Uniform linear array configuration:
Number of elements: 24
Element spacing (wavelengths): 0.25
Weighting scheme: exponential
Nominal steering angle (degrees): -30
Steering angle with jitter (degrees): -31.409
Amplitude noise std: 0.05
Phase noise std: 0.05

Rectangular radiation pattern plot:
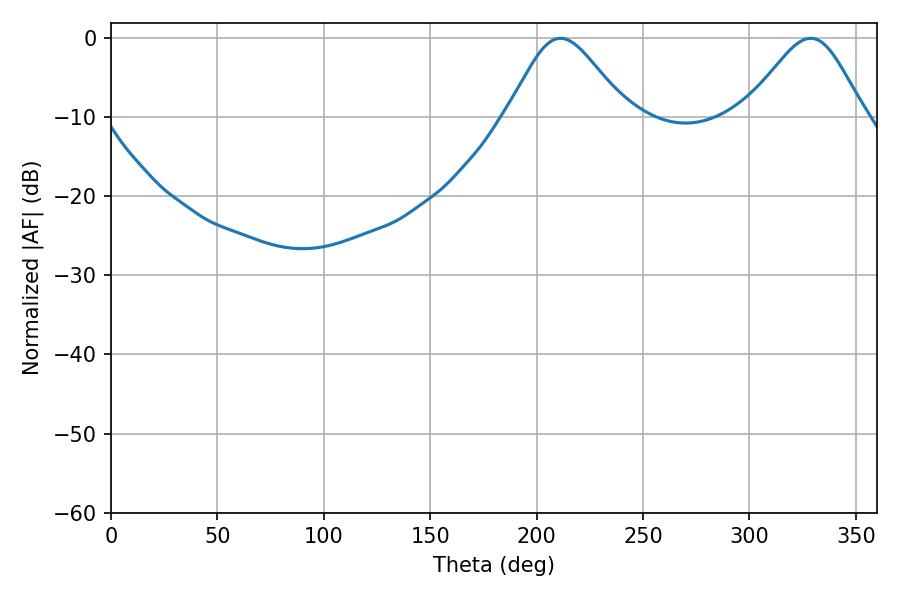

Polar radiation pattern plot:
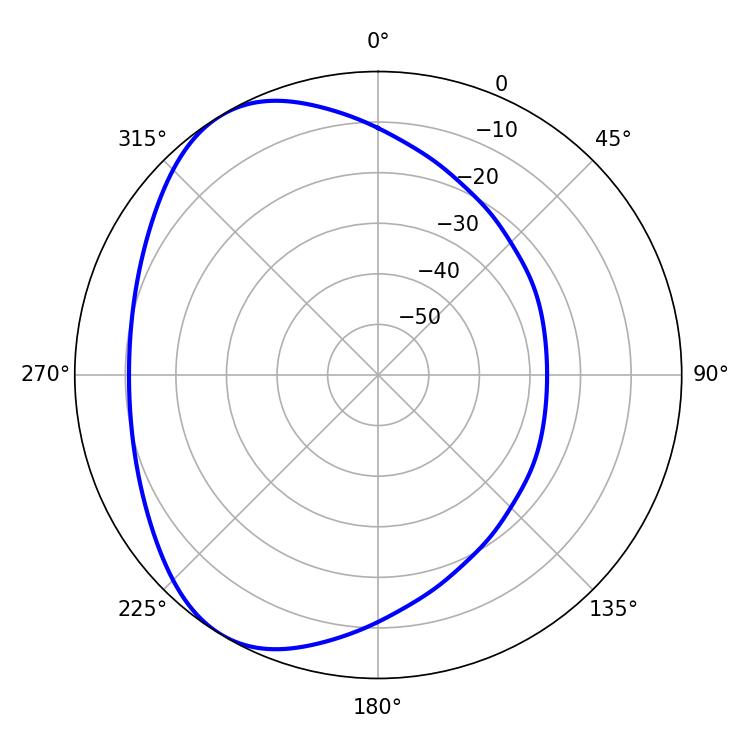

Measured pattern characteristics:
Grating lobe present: FALSE
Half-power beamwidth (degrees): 27.72
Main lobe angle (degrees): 211.14